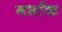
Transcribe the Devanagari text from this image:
गर्भांक